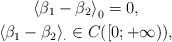
LaTeX: \begin{gather*}\left<\beta_1-\beta_2\right>_0=0,\\\left<\beta_1-\beta_2\right>_\cdot\in C([0;+\infty)),\end{gather*}